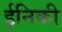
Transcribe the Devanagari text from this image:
ईनिकी